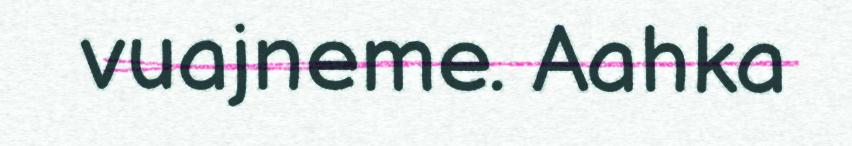
vuajneme. Aahka